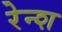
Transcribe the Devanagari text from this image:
रेन्श